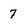
Character: 7